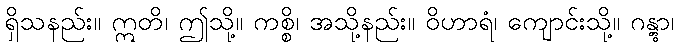
ရှိသနည်း။ ဣတိ၊ ဤသို့။ ကစ္စိ၊ အသို့နည်း။ ဝိဟာရံ၊ ကျောင်းသို့။ ဂန္တွာ၊